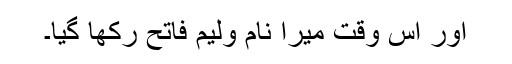
اور اس وقت میرا نام ولیم فاتح رکھا گیا۔